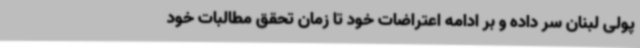
پولی لبنان سر داده و بر ادامه اعتراضات خود تا زمان تحقق مطالبات خود